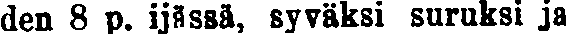
den 8 p. ijässä, syväksi suruksi ja